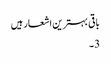
باقی بہترین اشعار ہیں
3۔